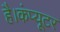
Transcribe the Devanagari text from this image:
है।कंप्यूटर